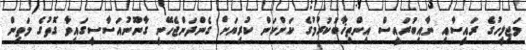
މަޖިލީހުގެ ރައީސާއި ނާއިބުރައީސް އިންތިޚާބުކުރުމުގެ ކަންކަން ކުރިޔަށް ގެންދަންޖެހޭނީ ގާނޫނުއަސާސީގައިވާ ގޮތުގެ މަތިން